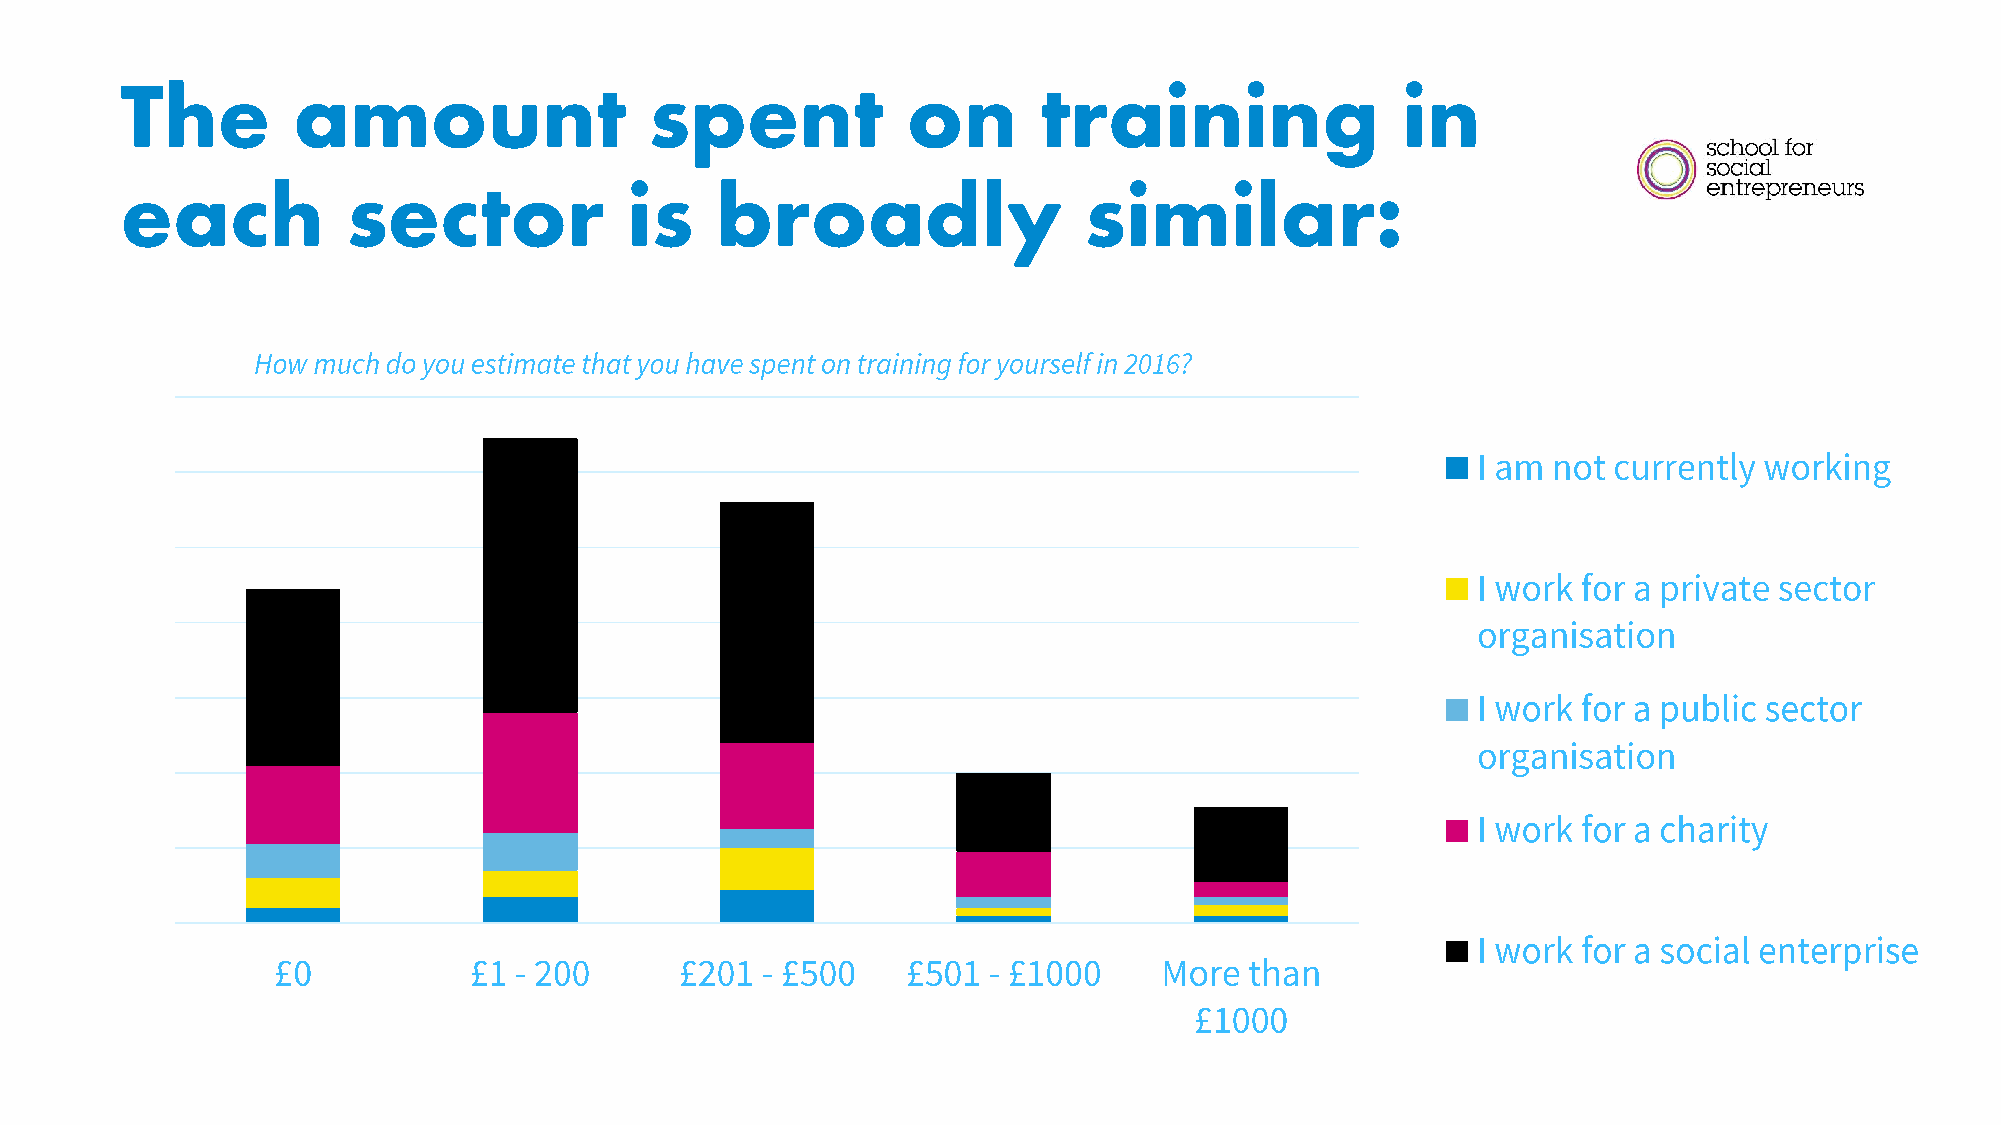
The        amount                  spent            on       training                in
 each           sector             is   broadly                  similar: